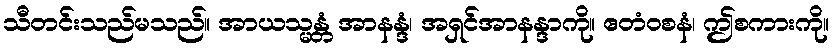
သီတင်းသည်မသည်။ အာယသ္မန္တံ အာနန္ဒံ၊ အရှင်အာနန္ဒာကို။ ဧတံဝစနံ၊ ဤစကားကို။